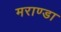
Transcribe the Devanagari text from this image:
मराण्डा